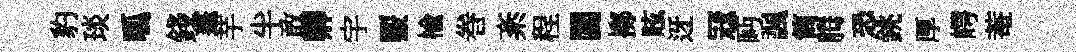
豹琰呱錢蓬芋半敢卿宇覈榆巻紊程閶擲眩迓冦眄諷筒腾恐銚厚崿菴